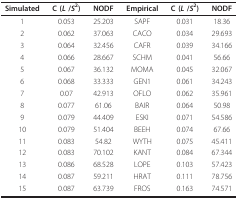
<table><thead><tr><td><b>Simulated</b></td><td><b>C (<i>L </i>/<i>S</i><sup>2</sup>)</b></td><td><b>NODF</b></td><td><b>Empirical</b></td><td><b>C (<i>L </i>/<i>S</i><sup>2</sup>)</b></td><td><b>NODF</b></td></tr></thead><tbody><tr><td>1</td><td>0.053</td><td>25.203</td><td>SAPF</td><td>0.031</td><td>18.36</td></tr><tr><td>2</td><td>0.062</td><td>37.063</td><td>CACO</td><td>0.034</td><td>29.693</td></tr><tr><td>3</td><td>0.064</td><td>32.456</td><td>CAFR</td><td>0.039</td><td>34.166</td></tr><tr><td>4</td><td>0.066</td><td>28.667</td><td>SCHM</td><td>0.041</td><td>56.66</td></tr><tr><td>5</td><td>0.067</td><td>36.132</td><td>MOMA</td><td>0.045</td><td>32.067</td></tr><tr><td>6</td><td>0.068</td><td>33.333</td><td>GEN1</td><td>0.061</td><td>34.243</td></tr><tr><td>7</td><td>0.07</td><td>42.913</td><td>OFLO</td><td>0.062</td><td>35.961</td></tr><tr><td>8</td><td>0.077</td><td>61.06</td><td>BAIR</td><td>0.064</td><td>50.98</td></tr><tr><td>9</td><td>0.079</td><td>44.409</td><td>ESKI</td><td>0.071</td><td>54.586</td></tr><tr><td>10</td><td>0.079</td><td>51.404</td><td>BEEH</td><td>0.074</td><td>67.66</td></tr><tr><td>11</td><td>0.083</td><td>54.82</td><td>WYTH</td><td>0.075</td><td>45.411</td></tr><tr><td>12</td><td>0.083</td><td>70.102</td><td>KANT</td><td>0.084</td><td>67.344</td></tr><tr><td>13</td><td>0.086</td><td>68.528</td><td>LOPE</td><td>0.103</td><td>57.423</td></tr><tr><td>14</td><td>0.087</td><td>59.211</td><td>HRAT</td><td>0.111</td><td>78.756</td></tr><tr><td>15</td><td>0.087</td><td>63.739</td><td>FROS</td><td>0.163</td><td>74.571</td></tr></tbody></table>